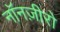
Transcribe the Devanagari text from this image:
नॉनज़ीरो